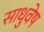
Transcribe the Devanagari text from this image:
साधुवेष